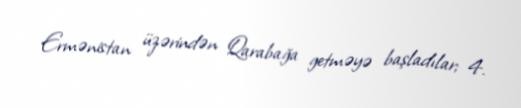
Ermənistan üzərindən Qarabağa getməyə başladılar; 4.